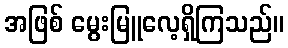
အဖြစ် မွေးမြူလေ့ရှိကြသည်။